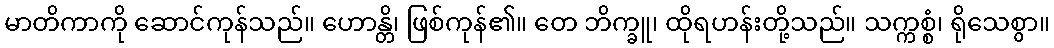
မာတိကာကို ဆောင်ကုန်သည်။ ဟောန္တိ၊ ဖြစ်ကုန်၏။ တေ ဘိက္ခူ၊ ထိုရဟန်းတို့သည်။ သက္ကစ္စံ၊ ရိုသေစွာ။